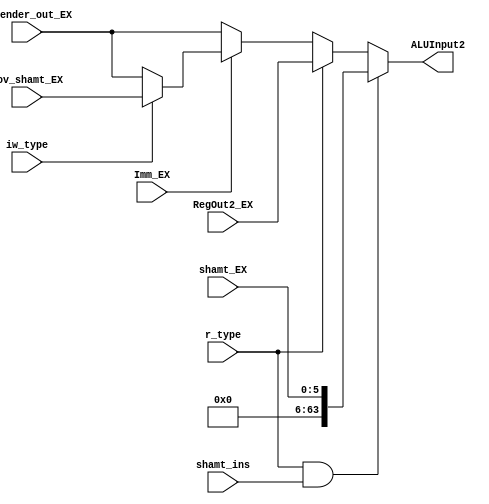
`timescale 1ns / 1ps
//////////////////////////////////////////////////////////////////////////////////
// Aryan Mehrotra
// 
// Module Name: ALUIn2_control
// Description: Module to control ALU Input 2 depending on instruction type
// Project Name: Final Project
//////////////////////////////////////////////////////////////////////////////////


module ALUIn2_control(RegOut2_EX, shamt_EX, iw_type, mov_shamt_EX, extender_out_EX, r_type, shamt_ins, Imm_EX, ALUInput2);
    input r_type, shamt_ins, Imm_EX, iw_type;
    input[5:0] shamt_EX;
    input[63:0] RegOut2_EX, extender_out_EX, mov_shamt_EX;
    output reg[63:0] ALUInput2;
    
    always@(RegOut2_EX, shamt_EX, mov_shamt_EX, extender_out_EX, r_type, shamt_ins, Imm_EX) begin
        //LSR or LSL
        if(r_type & shamt_ins) begin
            ALUInput2 = shamt_EX;
        end
        //All other R-types
        else if(r_type) begin 
            ALUInput2 = RegOut2_EX;
        end
        else if(Imm_EX) begin 
            //MOVZ specifically
            if(iw_type) begin
                ALUInput2 = mov_shamt_EX;
            end
            //All other I-types
            else begin
                ALUInput2 = extender_out_EX;
            end
        end
        //Default
        else begin
                ALUInput2 = extender_out_EX;
        end
    end
endmodule